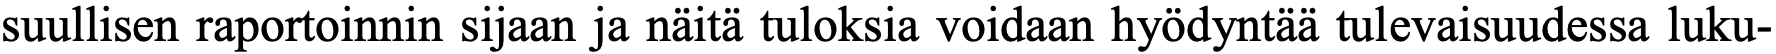
suullisen raportoinnin sijaan ja näitä tuloksia voidaan hyödyntää tulevaisuudessa luku-